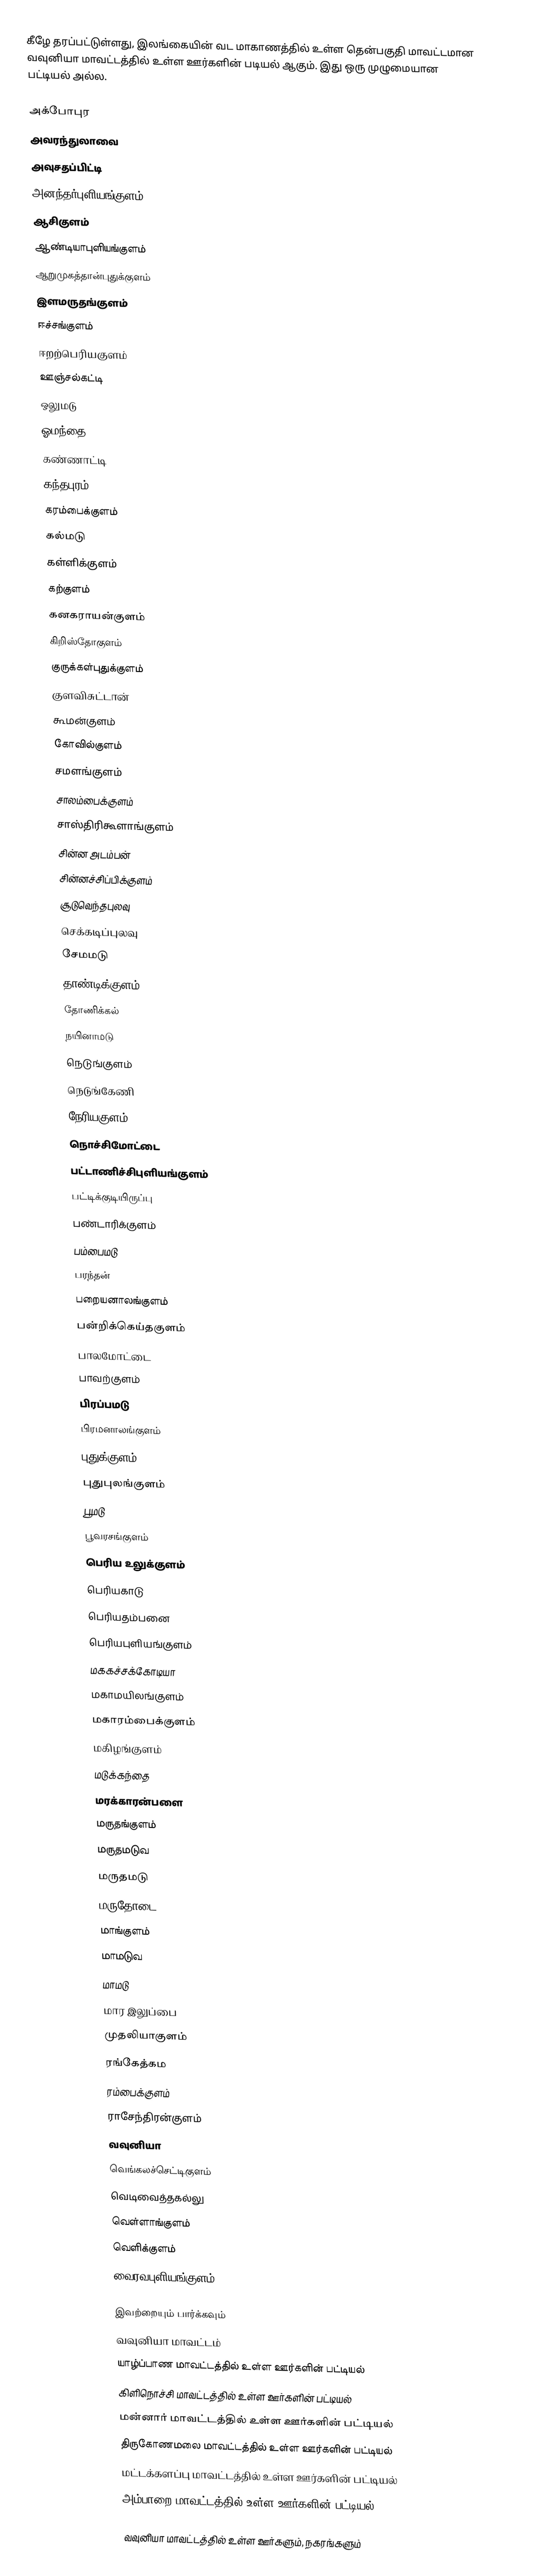
கீழே தரப்பட்டுள்ளது, இலங்கையின் வட மாகாணத்தில் உள்ள தென்பகுதி மாவட்டமான வவுனியா மாவட்டத்தில் உள்ள ஊர்களின் படியல் ஆகும். இது ஒரு முழுமையான பட்டியல் அல்ல.

 அக்போபுர
 அவரந்துலாவை
 அவுசதப்பிட்டி
 அனந்தர்புளியங்குளம்
 ஆசிகுளம்
 ஆண்டியாபுளியங்குளம்
 ஆறுமுகத்தான்புதுக்குளம்
 இளமருதங்குளம்
 ஈச்சங்குளம்
 ஈறற்பெரியகுளம்
 ஊஞ்சல்கட்டி
 ஒலுமடு
 ஓமந்தை
 கண்ணாட்டி
 கந்தபுரம்
 கரம்பைக்குளம்
 கல்மடு
 கள்ளிக்குளம்
 கற்குளம்
 கனகராயன்குளம்
 கிறிஸ்தோகுளம்
 குருக்கள்புதுக்குளம்
 குளவிசுட்டான்
 கூமன்குளம்
 கோவில்குளம்
 சமளங்குளம்
 சாலம்பைக்குளம்
 சாஸ்திரிகூளாங்குளம்
 சின்ன அடம்பன்
 சின்னச்சிப்பிக்குளம்
 சூடுவெந்தபுலவு
 செக்கடிப்புலவு
 சேமமடு
 தாண்டிக்குளம்
 தோணிக்கல்
 நயினாமடு
 நெடுங்குளம்
 நெடுங்கேணி
 நேரியகுளம்
 நொச்சிமோட்டை
 பட்டாணிச்சிபுளியங்குளம்
 பட்டிக்குடியிருப்பு
 பண்டாரிக்குளம்
 பம்பைமடு
 பரந்தன்
 பறையனாலங்குளம்
 பன்றிக்கெய்தகுளம்
 பாலமோட்டை
 பாவற்குளம்
 பிரப்பமடு
 பிரமனாலங்குளம்
 புதுக்குளம்
 புதுபுலங்குளம்
 பூமடு
 பூவரசங்குளம்
 பெரிய உலுக்குளம்
 பெரியகாடு
 பெரியதம்பனை
 பெரியபுளியங்குளம்
 மககச்சக்கோடியா
 மகாமயிலங்குளம்
 மகாரம்பைக்குளம்
 மகிழங்குளம்
 மடுக்கந்தை
 மரக்காரன்பளை
 மருதங்குளம்
 மருதமடுவ
 மருதமடு
 மருதோடை
 மாங்குளம்
 மாமடுவ
 மாமடு
 மார இலுப்பை
 முதலியாகுளம்
 ரங்கேத்கம
 ரம்பைக்குளம்
 ராசேந்திரன்குளம்
 வவுனியா
 வெங்கலச்செட்டிகுளம்
 வெடிவைத்தகல்லு
 வெள்ளாங்குளம்
 வெளிக்குளம்
 வைரவபுளியங்குளம்

இவற்றையும் பார்க்கவும்
 வவுனியா மாவட்டம்
 யாழ்ப்பாண மாவட்டத்தில் உள்ள ஊர்களின் பட்டியல்
 கிளிநொச்சி மாவட்டத்தில் உள்ள ஊர்களின் பட்டியல்
 மன்னார் மாவட்டத்தில் உள்ள ஊர்களின் பட்டியல்
 திருகோணமலை மாவட்டத்தில் உள்ள ஊர்களின் பட்டியல்
 மட்டக்களப்பு மாவட்டத்தில் உள்ள ஊர்களின் பட்டியல்
 அம்பாறை மாவட்டத்தில் உள்ள ஊர்களின் பட்டியல்

வவுனியா மாவட்டத்தில் உள்ள ஊர்களும், நகரங்களும்